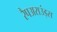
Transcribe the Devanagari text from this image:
रैपअराउंड्स